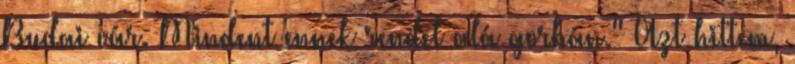
Budai vár. Mindent ennek rendel alá gorbán." Azt hittem,